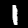
Label: 1